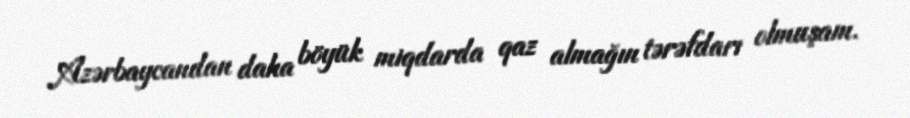
Azərbaycandan daha böyük miqdarda qaz almağın tərəfdarı olmuşam.